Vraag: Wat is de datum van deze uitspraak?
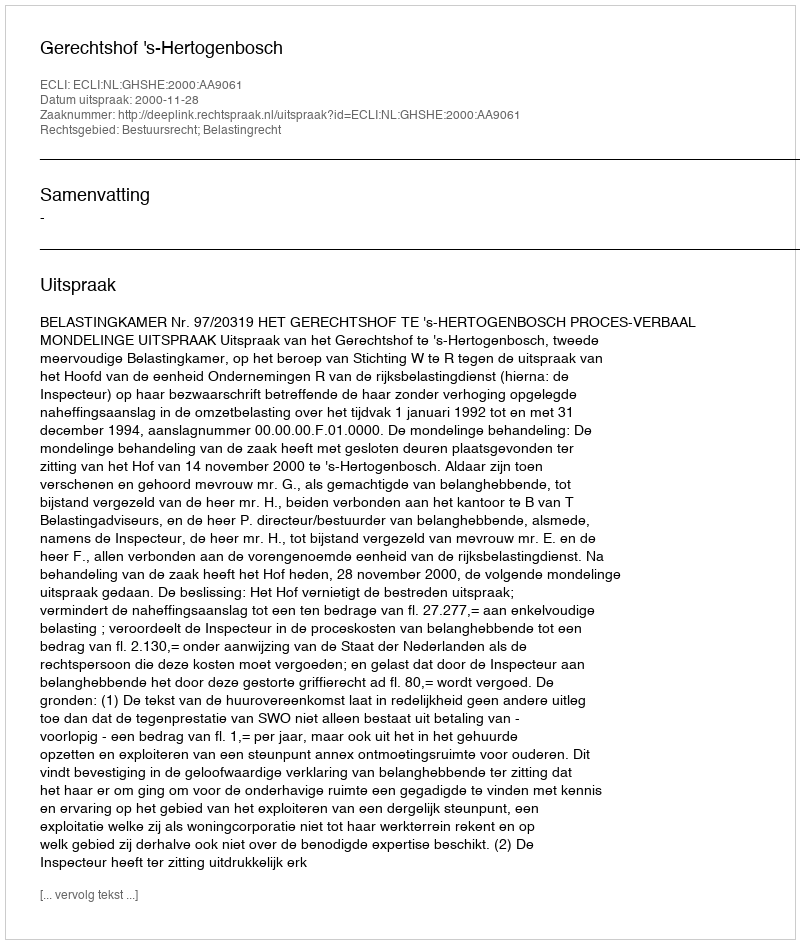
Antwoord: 2000-11-28